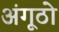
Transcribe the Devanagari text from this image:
अंगूठो